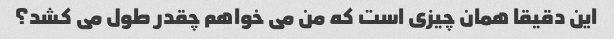
این دقیقا همان چیزی است که من می خواهم چقدر طول می کشد؟